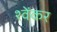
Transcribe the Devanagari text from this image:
श्वेंकर